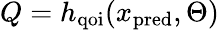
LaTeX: Q=h_{\mathrm{qoi}}(x_{\mathrm{pred}},\Theta)